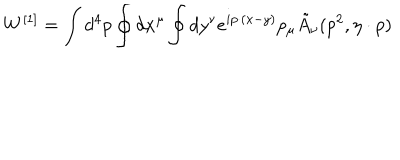
LaTeX: W ^ { [ 1 ] } = \int d ^ { 4 } p \oint d x ^ { \mu } \oint d y ^ { \nu } e ^ { i p \cdot ( x - y ) } p _ { \mu } \tilde { A } _ { \nu } ( p ^ { 2 } , \eta \cdot p )